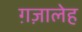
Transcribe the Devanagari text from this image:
ग़ज़ालेह